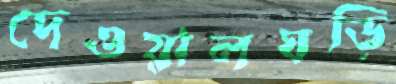
দেওয়ালঘড়ি